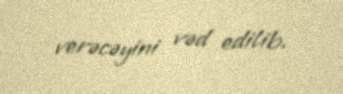
verəcəyini vəd edilib.